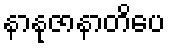
နာနုဇာနာတိပေ